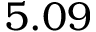
5 . 0 9